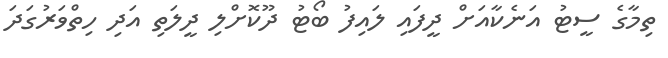
ތިމާގެ ސީޓު އަނެކާއަށް ދީފައި ލައިފު ބޯޓު ދޫކޮށްލި ދީލަތި އަދި ހިތްވަރުގަދަ